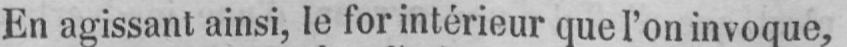
En agissant ainsi, le for intérieur que l’on invoque,